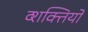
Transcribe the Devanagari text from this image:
व्शक्तियों